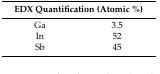
<table><thead><tr><td colspan="2"><b>EDX Quantification (Atomic %)</b></td></tr></thead><tbody><tr><td>Ga</td><td>3.5</td></tr><tr><td>In</td><td>52</td></tr><tr><td>Sb</td><td>45</td></tr></tbody></table>